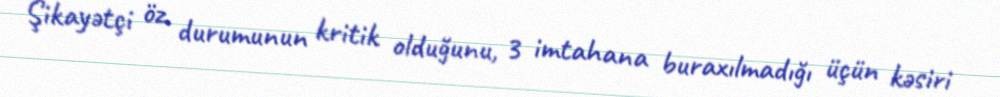
Şikayətçi öz durumunun kritik olduğunu, 3 imtahana buraxılmadığı üçün kəsiri